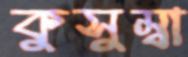
কুসুম্বা